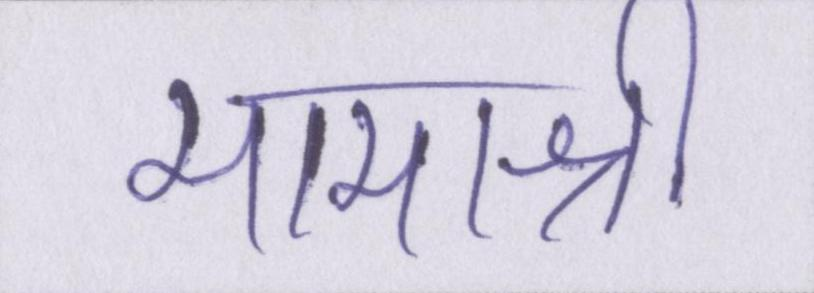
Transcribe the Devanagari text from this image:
मामाश्री